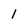
Character: 1